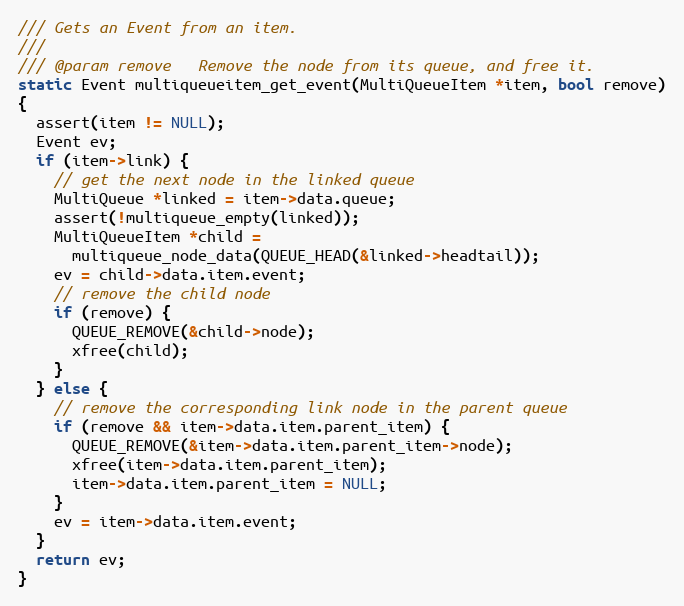
Language: C
/// Gets an Event from an item.
///
/// @param remove   Remove the node from its queue, and free it.
static Event multiqueueitem_get_event(MultiQueueItem *item, bool remove)
{
  assert(item != NULL);
  Event ev;
  if (item->link) {
    // get the next node in the linked queue
    MultiQueue *linked = item->data.queue;
    assert(!multiqueue_empty(linked));
    MultiQueueItem *child =
      multiqueue_node_data(QUEUE_HEAD(&linked->headtail));
    ev = child->data.item.event;
    // remove the child node
    if (remove) {
      QUEUE_REMOVE(&child->node);
      xfree(child);
    }
  } else {
    // remove the corresponding link node in the parent queue
    if (remove && item->data.item.parent_item) {
      QUEUE_REMOVE(&item->data.item.parent_item->node);
      xfree(item->data.item.parent_item);
      item->data.item.parent_item = NULL;
    }
    ev = item->data.item.event;
  }
  return ev;
}